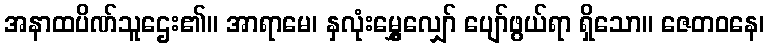
အနာထပိဏ်သူဌေး၏။ အာရာမေ၊ နှလုံးမွှေ့လျှော် ပျော်ဖွယ်ရာ ရှိသော။ ဇေတဝနေ၊